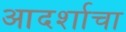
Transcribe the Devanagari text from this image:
आदर्शाचा